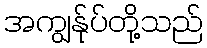
အကျွန်ုပ်တို့သည်